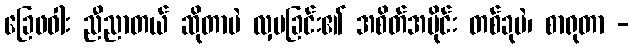
ခြေဖဝါး ညီညာတယ် ဆိုတာပဲ လှပခြင်း၏ အစိတ်အပိုင်း တစ်ခုပဲ၊ စာရုတာ -